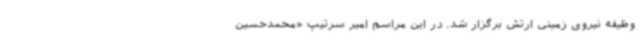
وظیفه نیروی زمینی ارتش برگزار شد. در این مراسم امیر سرتیپ «محمدحسین